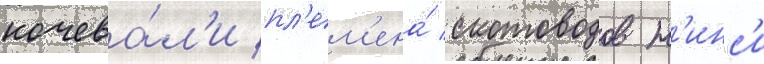
кочева́л'и пл'ем'ена́ скотоводов н'инс'и